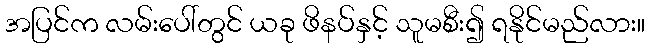
အပြင်က လမ်းပေါ်တွင် ယခု ဖိနပ်နှင့် သူမစီး၍ ရနိုင်မည်လား။